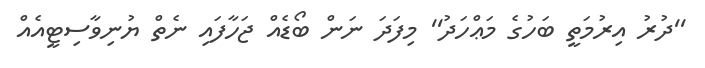
''ދުރު އިރުމަތީ ބަހުގެ މަޢްހަދު'' މިފަދަ ނަން ބޯޑެއް ޖަހާފައި ނެތް ޔުނިވާސިޓީއެއް